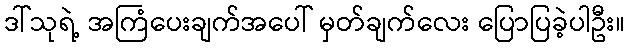
ဒါ်သုရဲ့ အကြံပေးချက်အပေါ် မှတ်ချက်လေး ပြောပြခဲ့ပါဦး။